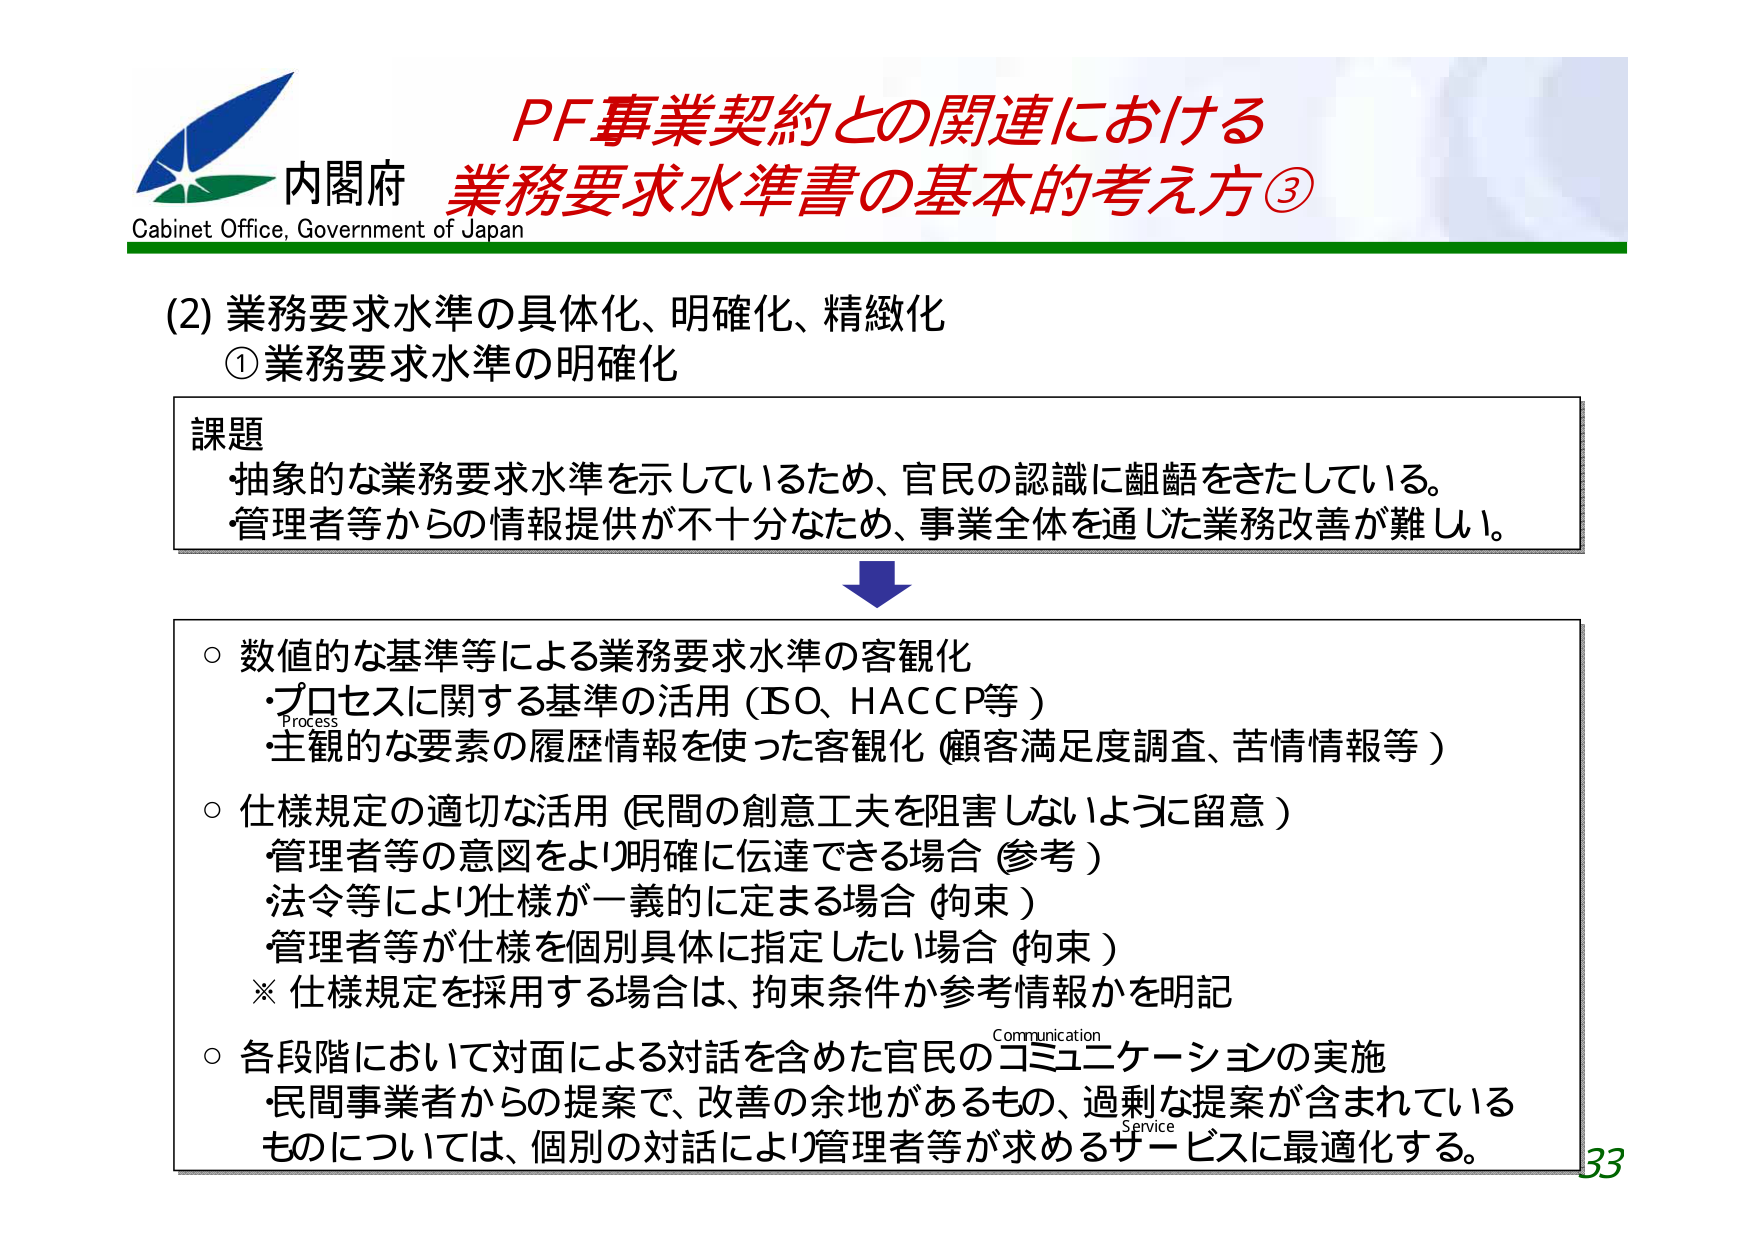
内閣府
Cabinet Office, Government of Japan

PF事業契約との関連における
業務要求水準書の基本的考え方③

(2) 業務要求水準の具体化、明確化、精緻化
① 業務要求水準の明確化

課題
・抽象的な業務要求水準を示しているため、官民の認識に齟齬をきたしている。
・管理者等からの情報提供が不十分なため、事業全体を通じた業務改善が難しい。

○ 数値的な基準等による業務要求水準の客観化
　・プロセスに関する基準の活用（ISO、HACCP等）
　・主観的な要素の履歴情報を使った客観化（顧客満足度調査、苦情情報等）

○ 仕様規定の適切な活用（民間の創意工夫を阻害しないように留意）
　・管理者等の意図をより明確に伝達できる場合（参考）
　・法令等により仕様が一義的に定まる場合（拘束）
　・管理者等が仕様を個別具体に指定したい場合（拘束）
　※ 仕様規定を採用する場合は、拘束条件か参考情報かを明記

○ 各段階において対面による対話を含めた官民のコミュニケーションの実施
　・民間事業者からの提案で、改善の余地があるもの、過剰な提案が含まれている
　ものについては、個別の対話により管理者等が求めるサービスに最適化する。

33

Process
Communication
Service